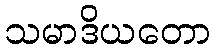
သမာဒိယတော